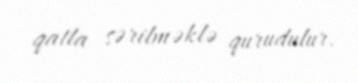
qatla sərilməklə qurudulur.